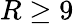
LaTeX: R\geq 9